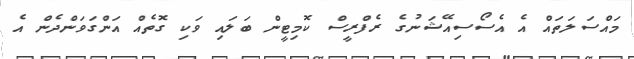
މައްސަލަތައް އެ އެސޯސިއޭޝަނުގެ ރެފްރީސް ކޮމިޓީން ބަލައި ވަކި ގޮތެއް އަންގަވަންދެން އެ